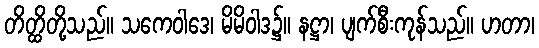
တိတ္ထိတို့သည်။ သကေဝါဒေ၊ မိမိဝါဒ၌။ နဋ္ဌာ၊ ပျက်စီးကုန်သည်။ ဟတာ၊